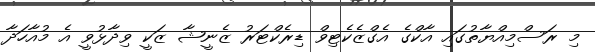
މި ރަސްމިއްޔާތުގައި އާކްގެ އެގްޒެކެޓިވް ޑިރެކްޓަރު ޒެނީޝާ ޒަކީ ވިދާޅުވީ އެ މުއާހަދާ